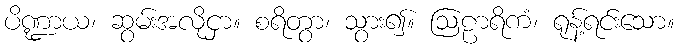
ပိဏ္ဍာယ၊ ဆွမ်းအလိုငှာ။ စရိတွာ၊ သွား၍။ ဩဠာရိကံ၊ ရုန့်ရင်းသော။